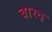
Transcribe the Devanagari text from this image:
बारद